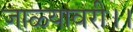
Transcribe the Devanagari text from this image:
जाळ्यावरी।।